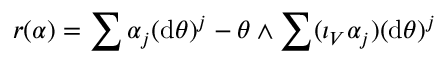
r ( \alpha ) = \sum \alpha _ { j } ( \mathrm { d } \theta ) ^ { j } - \theta \wedge \sum ( \iota _ { V } \alpha _ { j } ) ( \mathrm { d } \theta ) ^ { j }